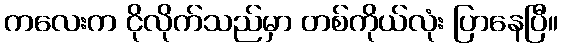
ကလေးက ငိုလိုက်သည်မှာ တစ်ကိုယ်လုံး ပြာနေပြီ။